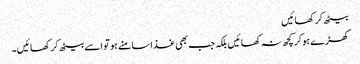
بیٹھ کر کھائیں
کھڑے ہوکر کچھ نہ کھائیں بلکہ جب بھی غذا سامنے ہو تو اسے بیٹھ کر کھائیں۔